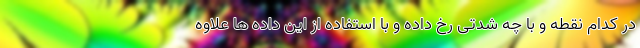
در کدام نقطه و با چه شدتی رخ داده و با استفاده از این داده ها علاوه